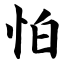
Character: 怕